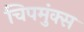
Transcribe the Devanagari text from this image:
चिपमुंक्स